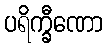
ပရိက္ခီဏော